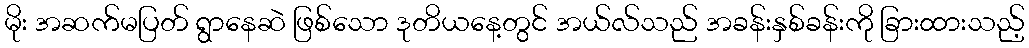
မိုး အဆက်မပြတ် ရွာနေဆဲ ဖြစ်သော ဒုတိယနေ့တွင် အယ်လ်သည် အခန်းနှစ်ခန်းကို ခြားထားသည့်